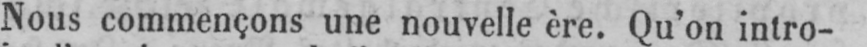
Nous commençons une nouvelle ère. Qu’on intro-